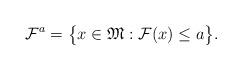
LaTeX: \begin{align*}\mathcal F^a=\big\{x \in \mathfrak M: \mathcal F(x) \leq a\big\}.\end{align*}